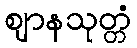
ဈာနသုတ္တံ